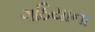
ગઠિયાના